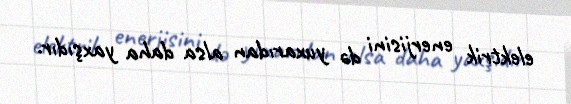
elektrik enerjisini də yuxarıdan alsa daha yaxşıdır.